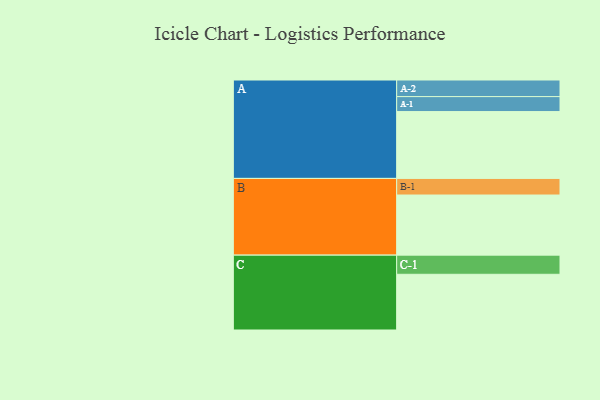
{"axis": {"x": "Segment", "y": "Value"}, "legend": ["", "A", "B", "C"], "data": [{"x": "A", "y": 576, "type": ""}, {"x": "B", "y": 518, "type": ""}, {"x": "C", "y": 480, "type": ""}, {"x": "A-1", "y": 129, "type": "A"}, {"x": "A-2", "y": 143, "type": "A"}, {"x": "B-1", "y": 143, "type": "B"}, {"x": "C-1", "y": 165, "type": "C"}]}